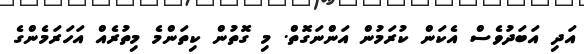
އަދި އަބަދުވެސް އެކަން ކުރަމުން އަންނަގޮތް. މި ގޮތުން ކިތަންމެ މިތުރެއް އަހަރަމެންގެ